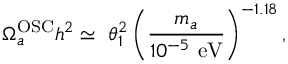
\Omega _ { a } ^ { \mathrm { O S C } } h ^ { 2 } \simeq \ \theta _ { 1 } ^ { 2 } \left( \frac { m _ { a } } { 1 0 ^ { - 5 } \ \mathrm { e V } } \right) ^ { - 1 . 1 8 } ,